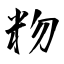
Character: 粅